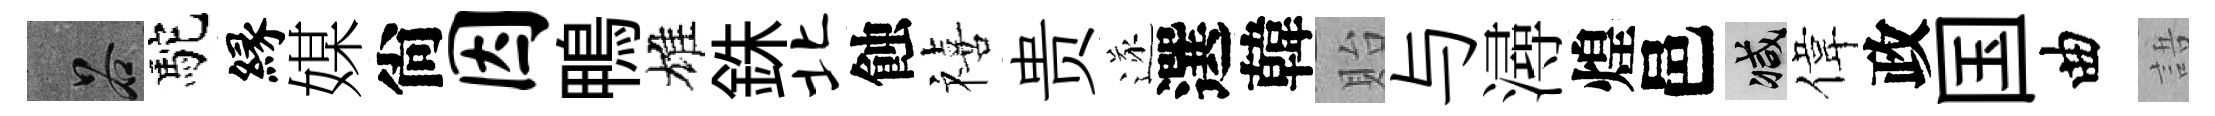
谷駝縁媒尙因鴨雄銖北蝕禧贵遂選韓貽与潯煌邑减偉政国曲語